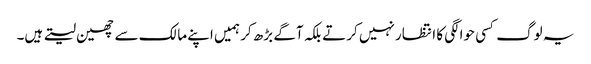
یہ لوگ کسی حوالگی کا انتظار نہیں کرتے بلکہ آگے بڑھ کر ہمیں اپنے مالک سے چھین لیتے ہیں۔